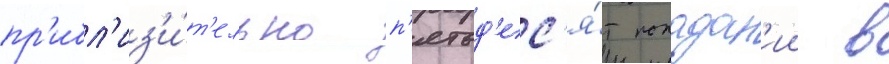
пр'ибл'из'и́т'ельно п'ятьд'ес'я́т попадан'ии в